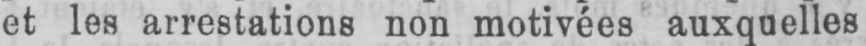
et les arrestations non motivées auxquelles